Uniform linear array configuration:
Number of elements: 24
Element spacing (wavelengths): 0.5
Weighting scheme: cosine
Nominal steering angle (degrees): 60
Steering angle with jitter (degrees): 59.921
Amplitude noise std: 0.05
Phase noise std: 0.05

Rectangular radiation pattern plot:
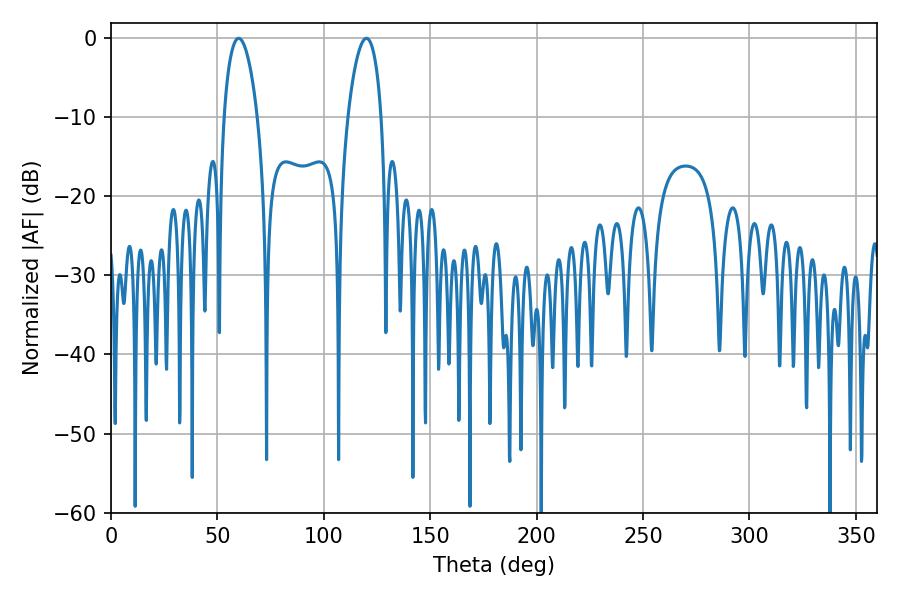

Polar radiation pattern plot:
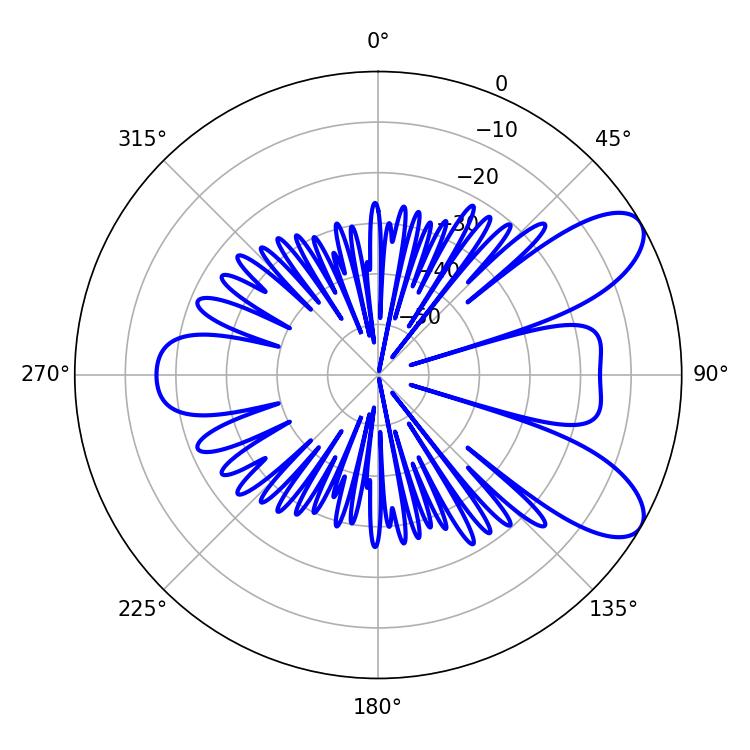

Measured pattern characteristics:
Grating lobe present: FALSE
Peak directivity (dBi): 8.407
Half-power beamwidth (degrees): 9
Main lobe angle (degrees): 59.94